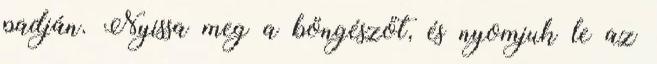
padján. Nyissa meg a böngészőt, és nyomjuk le az